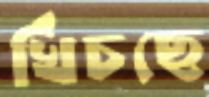
খিঁচছে